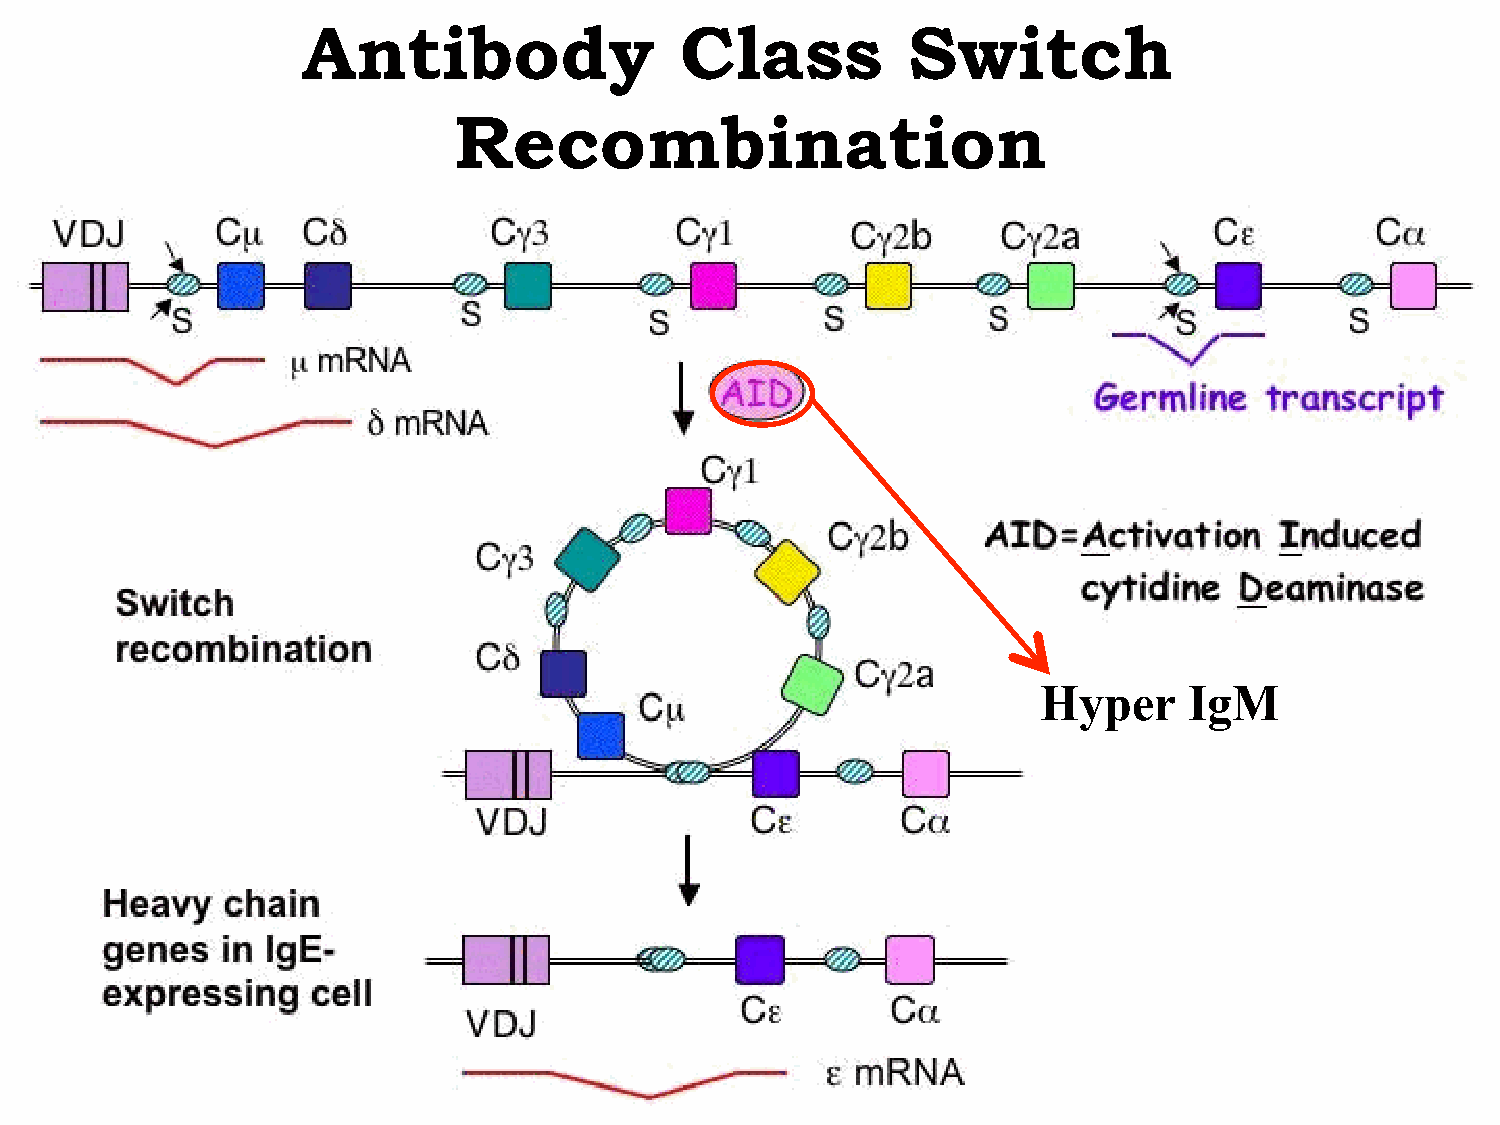
Antibody                 Class          Switch
 Recombination
 Hyper     IgM